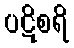
ပဋိစရိ